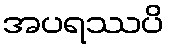
အပရဿပိ